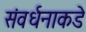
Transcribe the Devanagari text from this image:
संवर्धनाकडे